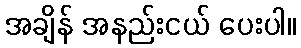
အချိန် အနည်းငယ် ပေးပါ။